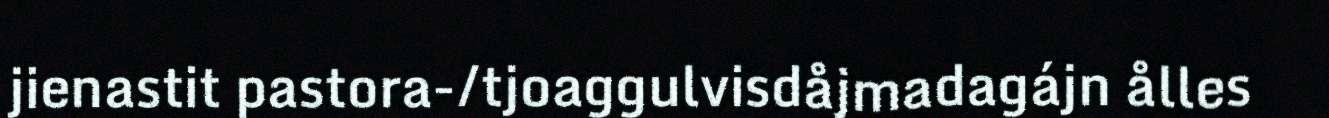
jienastit pastora-/tjoaggulvisdåjmadagájn ålles